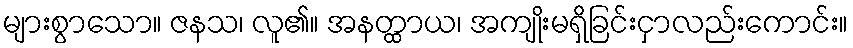
များစွာသော။ ဇနသ၊ လူ၏။ အနတ္ထာယ၊ အကျိုးမရှိခြင်းငှာလည်းကောင်း။